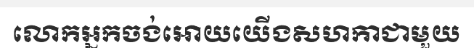
លោកអ្នកចង់អោយយើងសហកាជាមួយ